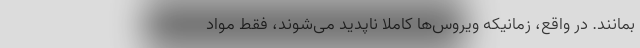
بمانند. در واقع، زمانیکه ویروس‌ها کاملا ناپدید می‌شوند، فقط مواد